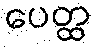
ပေတ္ထ